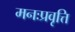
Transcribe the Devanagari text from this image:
मनःप्रवृत्ति